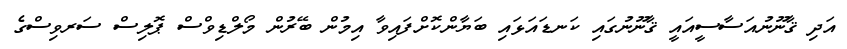
އަދި ޤާނޫނުއަސާސީއައީ ޤާނޫނުގައި ކަނޑައަޅައި ބަޔާންކޮށްފައިވާ އިމުން ބޭރުން މޯލްޑިވްސް ޕޮލިސް ސަރވިސްގެ